Plague in India, 1896, 1897 - Volume 3
Year: 1896
Disease focus: Plague
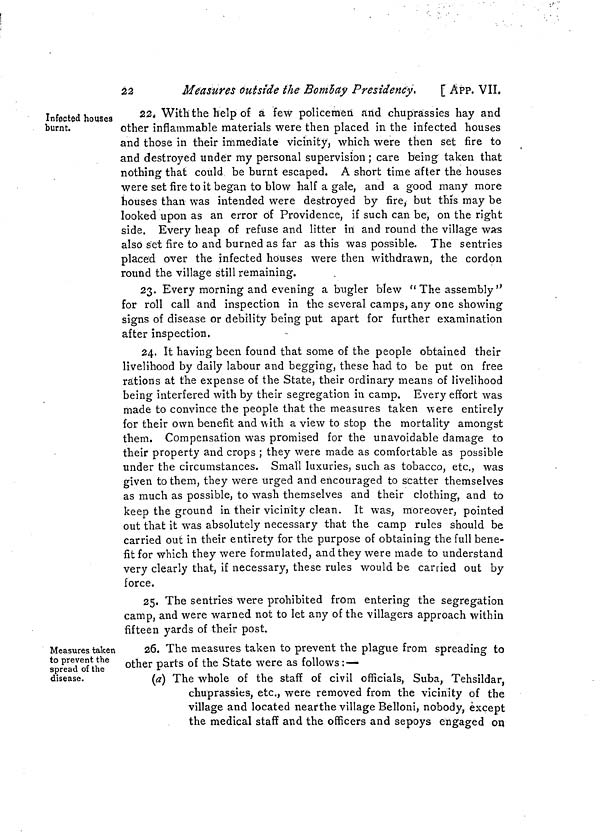
22
Measures outside the Bombay Presidency,
[ ÁPP. VII.
Infected houses
burnt.
22. With the help of a few policemen and chuprassies hay and
other inflammable materials were then placed in the infected houses
and those in their immediate vicinity, which were then set fire to
and destroyed under my personal supervision ; care being taken that
nothing that could be burnt escaped. A short time after the houses
were set fire to it began to blow half a gale, and a good many more
houses than was intended were destroyed by fire, but this may be
looked upon as an error of Providence, if such can be, on the right
side. Every heap of refuse and litter in and round the village was
also set fire to and burned as far as this was possible. The sentries
placed over the infected houses were then withdrawn, the cordon
round the village still remaining.
23. Every morning and evening a bugler blew "The assembly"
for roll call and inspection in the several camps, any one showing
signs of disease or debility being put apart for further examination
after inspection.
24. It having been found that some of the people obtained their
livelihood by daily labour and begging, these had to be put on free
rations at the expense of the State, their ordinary means of livelihood
being interfered with by their segregation in camp. Every effort was
made to convince the people that the measures taken were entirely
for their own benefit and with a view to stop the mortality amongst
them. Compensation was promised for the unavoidable damage to
their property and crops ; they were made as comfortable as possible
under the circumstances. Small luxuries, such as tobacco, etc., was
given to them, they were urged and encouraged to scatter themselves
as much as possible, to wash themselves and their clothing, and to
keep the ground in their vicinity clean. It was, moreover, pointed
out that it was absolutely necessary that the camp rules should be
carried out in their entirety for the purpose of obtaining the full bene-
fit for which they were formulated, and they were made to understand
very clearly that, if necessary, these rules would be carried out by
force.
25. The sentries were prohibited from entering the segregation
camp, and were warned not to let any of the villagers approach within
fifteen yards of their post.
Measures taken
to prevent the
spread of the
disease.
26. The measures taken to prevent the plague from spreading to
other parts of the State were as follows: —
(a) The whole of the staff of civil officials, Suba, Tehsildar,
chuprassies, etc., were removed from the vicinity of the
village and located nearthe village Belloni, nobody, except
the medical staff and the officers and sepoys engaged on